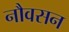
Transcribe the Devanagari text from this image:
नौवसन